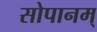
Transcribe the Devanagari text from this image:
सोपानम्